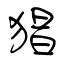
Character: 猖